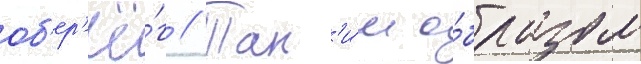
об'ер'ё́г // Так'и́м о́бразом